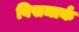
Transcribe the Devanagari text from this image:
विसमार्क